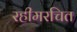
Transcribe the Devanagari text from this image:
रहीमरचित